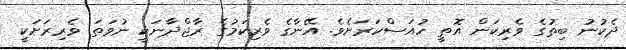
ދެކުނު ބިތުގެ ވެރިކަން އޮތީ ހުއަސްކަރަށެވެ. އޭނާގެ ވެރިކަމުގެ ރާޖްދާނަކީ ނުވަތަ ވެރިރަށަކީ